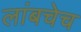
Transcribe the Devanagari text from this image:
लांबचेच